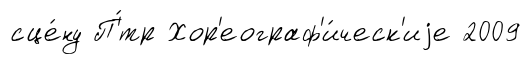
сце́ну П'́тр Хор'еограф'и́ческ'иjе 2009